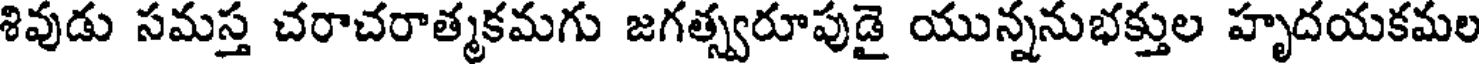
శివుడు సమస్త చరాచరాత్మకమగు జగత్స్వరూపుడై యున్ననుభక్తుల హృదయకమల